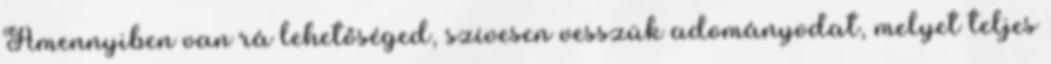
Amennyiben van rá lehetőséged, szívesen vesszük adományodat, melyet teljes